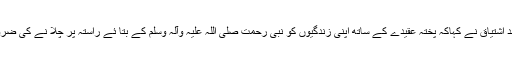
راجہ محمد اشتیاق نے کہاکہ پختہ عقیدے کے ساتھ اپنی زندگیوں کو نبی رحمت صلی اللہ علیہ وآلہ وسلم کے بتا ئے راستہ پر چلا نے کی ضرورت ہے۔